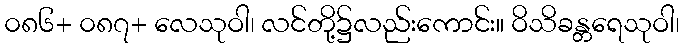
၀၈၆+ ၀၈၇+ လေသုဝါ၊ လင်တို့၌လည်းကောင်း။ ဝိသိခန္တရေသုဝါ၊